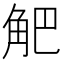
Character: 𧣃